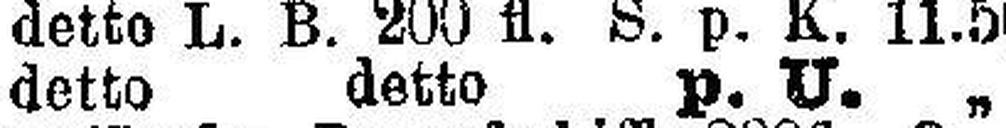
detto detto p. U. „